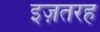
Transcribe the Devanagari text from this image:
इज़तरह